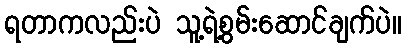
ရတာကလည်းပဲ သူ့ရဲ့စွမ်းဆောင်ချက်ပဲ။